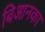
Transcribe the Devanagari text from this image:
बिआनका